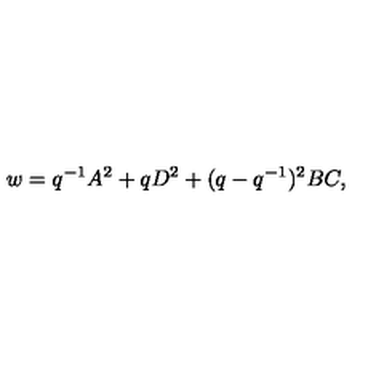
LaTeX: w = q ^ { - 1 } A ^ { 2 } + q D ^ { 2 } + ( q - q ^ { - 1 } ) ^ { 2 } B C ,